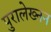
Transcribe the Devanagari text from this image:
पुरालेख्नन